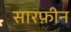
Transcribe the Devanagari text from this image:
सारफ़ीन